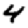
Digit: 4